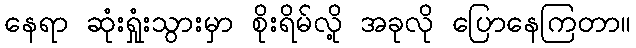
နေရာ ဆုံးရှုံးသွားမှာ စိုးရိမ်လို့ အခုလို ပြောနေကြတာ။